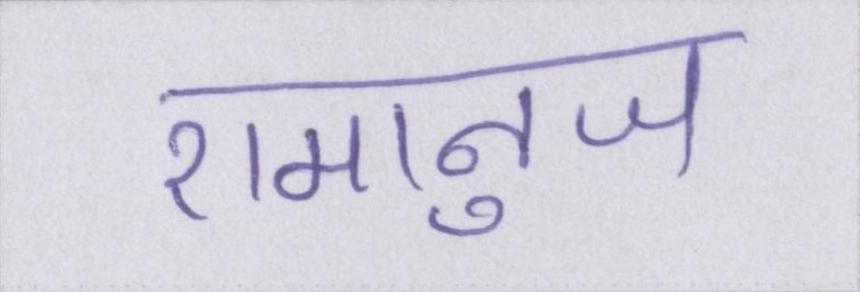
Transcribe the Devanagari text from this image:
रामानुज